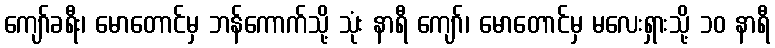
ကျော်ခရီး၊ မောတောင်မှ ဘန်ကောက်သို့ သုံး နာရီ ကျော်၊ မောတောင်မှ မလေးရှားသို့ ၁၀ နာရီ